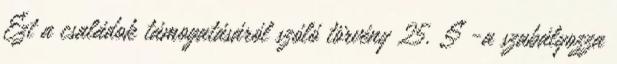
Ezt a családok támogatásáról szóló törvény 25. §-a szabályozza